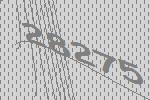
28275